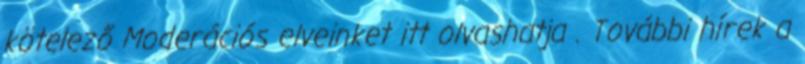
kötelező Moderációs elveinket itt olvashatja . További hírek a